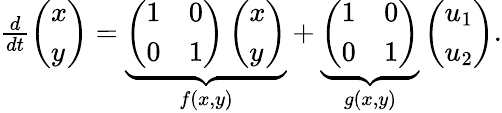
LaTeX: \begin{array}{r}{\frac{d}{dt}\left(\begin{array}{l}{x}\\ {y}\end{array}\right)=\underbrace{\left(\begin{array}{ll}{1}&{0}\\ {0}&{1}\end{array}\right)\left(\begin{array}{l}{x}\\ {y}\end{array}\right)}_{f(x,y)}+\underbrace{\left(\begin{array}{ll}{1}&{0}\\ {0}&{1}\end{array}\right)}_{g(x,y)}\left(\begin{array}{l}{u_{1}}\\ {u_{2}}\end{array}\right).}\end{array}